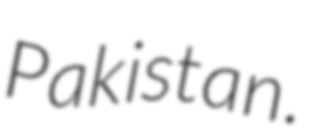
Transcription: Pakistan.